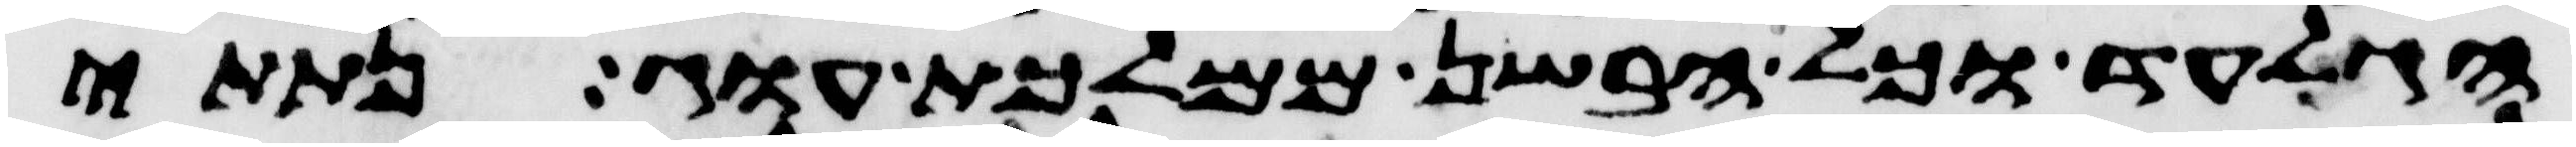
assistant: הגלעד וכל הבשן ממלכת עוג נתתי